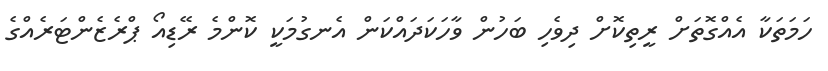
ހަމަތަކާ އެއްގޮތަށް ރީތިކޮށް ދިވެހި ބަހުން ވާހަކަދައްކަން އެނގުމަކީ ކޮންމެ ރޭޑިއޯ ޕްރެޒެންޓަރެއްގެ